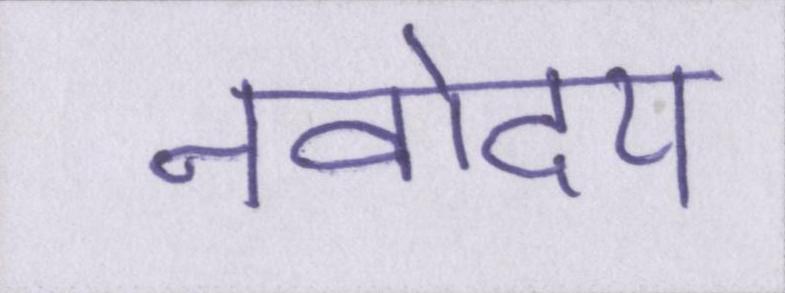
नवोदय